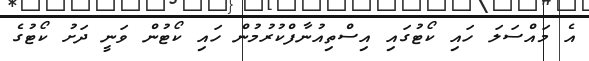
އެ މައްސަލަ ހައި ކޯޓުގައި އިސްތިއުނާފްކުރުމުން ހައި ކޯޓުން ވަނީ ދަށު ކޯޓުގެ